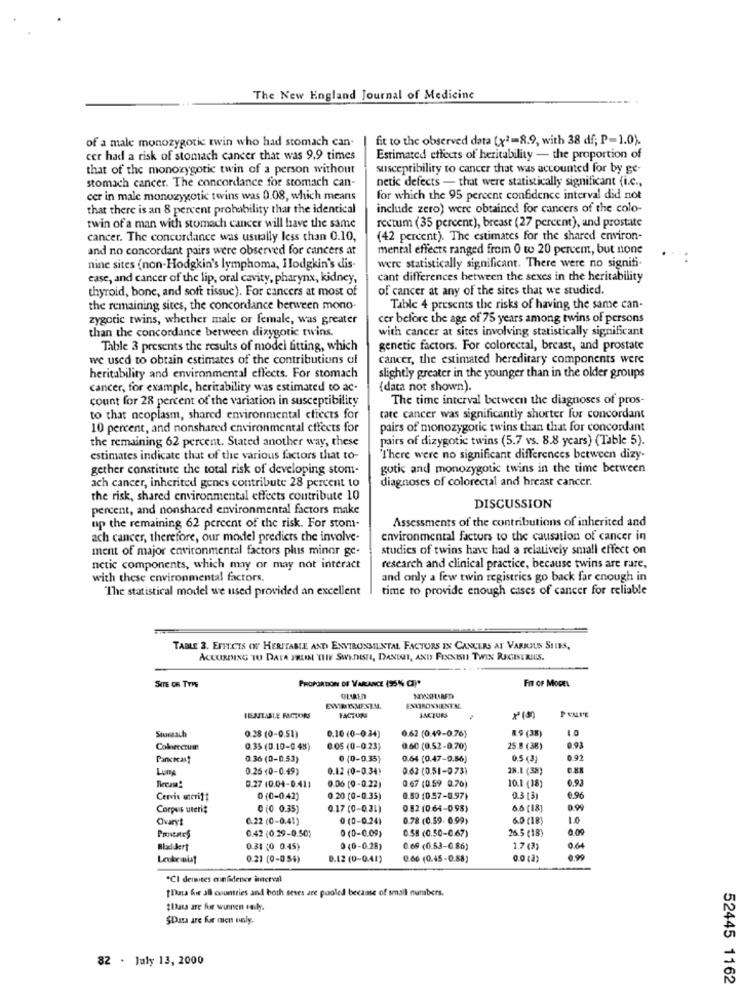
The New England Journal of Medicine
of a male monozygotic twin who had stomach can-
fit to the observed data (x)=8.9, with 38 df; P-1.0).
cer had a risk of stomach cancer that was 9.9 times
Estimated effects of heritability - the proportion of
that of the monozygotic twin of a person without
susceptibility to cancer that was accounted for by ge-
stomach cancer. The concordance for stomach can-
netic defects - that were statistically significant (i.c .,
cer in male monozygotic twins was 0.08, which means
for which the 95 percent confidence interval did not
that there is an 8 percent probability that the identical
include zero) were obtained for cancers of the colo-
twin of a man with stomach cancer will have the same
rectum (35 percent), breast (27 percent), and prostate
cancer. The concordance was usually less than 0.10,
(42 percent). The estimates for the shared environ-
and no concordant pairs were observed for cancers at
mental effects ranged from 0 to 20 percent, but none
nine sites (non-Hodgkin's lymphoma, Hodgkin's dis-
were statistically significant. There were no signifi-
ease, and cancer of the lip, oral cavity, pharynx, kidney,
cant differences between the sexes in the heritability
thyroid, bone, and soft tissue). For cancers at most of
of cancer at any of the sites that we studied.
the remaining sites, the concordance berween mono-
Table 4 presents the risks of having the same can-
zygotic twins, whether male or female, was greater
cer before the age of 75 years among twins of persons
than the concordance between dizygotic twins.
with cancer at sites involving statistically significant
Table 3 presents the results of modei fitting, which
genetic factors. For colorectal, breast, and prostate
we used to obrain estimates of the contributions of
cancer, the estimated hereditary components were
heritability and environmental effects. For stomach
slightly greater in the younger than in the older groups
cancer, for example, heritability was estimated to ac-
(data not shown).
count for 28 percent of the variation in susceptibility
The time interval between the diagnoses of pros-
to that neoplasm, shared environmental ctiects for
tate cancer was significantly shorter for concordant
10 percent, and nonshared environmental effects for
pairs of monozygotic twins than that for concordant
the remaining 62 percent. Stated another way, these
pairs of dizygotic twins (5.7 vs. 8.8 years) (Table 5).
estimates indicate that of the various factors that to-
"There were no significant differences between dizy-
gether constitute the total risk of developing stom-
gotic and monozygotic twins in the time between
diagnoses of colorectal and breast cancer.
ach cancer, inherited genes contribute 28 percent to
the risk, shared environmental effects contribute 10
percent, and nonshared environmental factors make
DISCUSSION
Assessments of the contributions of inherited and
up the remaining 62 percent of the risk. For stom-
ach cancer, therefore, our model predicts the involve-
environmental factors to the causation of cancer in
ment of major environmental factors plus minor ge-
studies of twins have had a relatively small effect on
netic components, which may or may not interact
research and clinical practice, because twins are rare,
with these environmental factors.
and only a few twin registries go back far enough in
"The statistical model we used provided an excellent
time to provide enough cases of cancer for reliable
TABLE 3. EFFECTS OF HERITABLE AND ENVIRONMENTAL FACTORS IN CANCERS AT VARKILS SITES,
ACCORDING TU DATA FROM THE SWEDISH, DANDOI, AND FIXXISI TWIN REGISTRIIS.
SITE OR TYPE
PROPORTION OF VARLANCE (95% CI)*
FIT OF MODEL
EWRIMENTM.
EMVIRONMENTAL
IENTISLE MOTORE
FACTURE
Storasch
0.28 (0-0.51)
0.62 (0.49-0.76)
89 (38)
0.10 (0-0.34)
Colorectuin
0.35 (0.10-0.48)
0.05 (0-0.23)
0.60 (0.52-0.70)
25.8 (38)
0.93
Parcecast
0.36 (0-0.53)
0 (0-0.35)
0.64 (0.47-9.56)
0.5 (3)
Lum
0.26 (0-0.49)
0.12 (0-0.34)
0.62 (0.51-073)
28.1 (38)
0.93
0.27 (0.04-0.411
0.06 [9-0.22)
0 67 (0 59 0.70)
10.1 (18)
Cervix unterif
0 (0-042)
0.20 (0-0.35)
0.50 (0.57-0.97)
0.3 [3)
€.96
Corpus uteris
0 (0 0.35)
0.17 (0-0.31)
0 82 (0.64-098)
6.6 [18]
0.99
Ovaryt
C.22 (0-0.41)
0 (0-0.24)
0.78 (0.59. 0.99)
6.0 (18)
1.0
0.42 (0.29-0.50)
0 (0-0.09)
0.58 (0.50-0,67)
26.5 (18)
0.00
Bladdert
0.31 (0 0.45)
0 (0-0.28)
0.69 (0.53-0.86)
1.7 (3)
0 64
Leukemulat
0.21 (0-054)
0.12 (0-0.41)
0.66 (0.45-0.88)
0.90
*CI dermites confidence interval
Data for all countries and both seres are pooled because of small numbers.
#Lass are for winnen only.
SData are for men raly.
82 . July 13, 2000
52445 1162